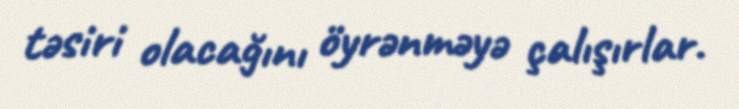
təsiri olacağını öyrənməyə çalışırlar.